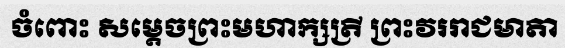
ចំពោះ សម្តេចព្រះមហាក្សត្រី ព្រះវររាជមាតា